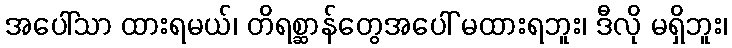
အပေါ်သာ ထားရမယ်၊ တိရစ္ဆာန်တွေအပေါ် မထားရဘူး၊ ဒီလို မရှိဘူး၊